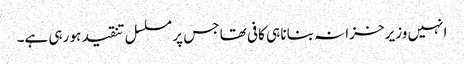
انہیں وزیر خزانہ بنانا ہی کافی تھا جس پر مسلسل تنقید ہو رہی ہے۔